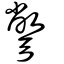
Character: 彆